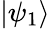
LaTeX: |\psi_{1}\rangle